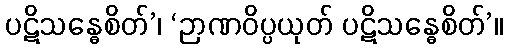
ပဋိသန္ဓေစိတ်’၊ ‘ဉာဏဝိပ္ပယုတ် ပဋိသန္ဓေစိတ်’။